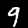
Label: 9